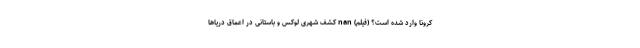
کرونا وارد شده است؟ (فیلم) nan کشف شهری لوکس و باستانی در اعماق دریاها